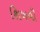
શિખવી